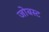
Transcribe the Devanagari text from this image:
जोबस्ट